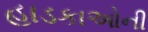
હાડકાઓની